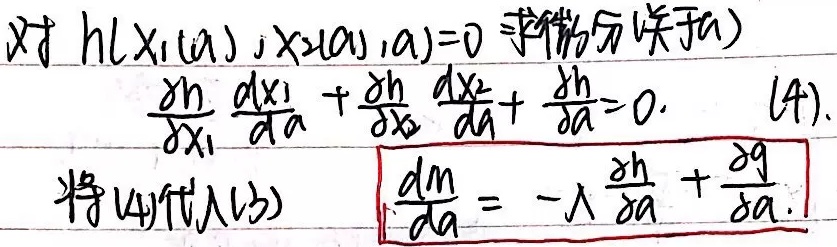
对\(h(x_1(a),x_2(a),a) = 0\)求微分（关于\(a\)）
\[
\frac{\partial h}{\partial x_1}\frac{dx_1}{da}+\frac{\partial h}{\partial x_2}\frac{dx_2}{da}+\frac{\partial h}{\partial a}=0. \quad(4)
\]
将\((4)\)代入\((3)\)
\[
\frac{dm}{da}=-\lambda\frac{\partial h}{\partial a}+\frac{\partial g}{\partial a}.
\]